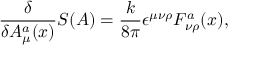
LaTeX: { \frac { \delta } { \delta A _ { \mu } ^ { a } ( x ) } } S ( A ) = { \frac { k } { 8 \pi } } \epsilon ^ { \mu \nu \rho } F _ { \nu \rho } ^ { a } ( x ) ,